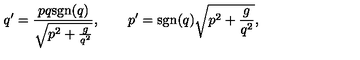
q ^ { \prime } = \frac { p q \mathrm { s g n } ( q ) } { \sqrt { p ^ { 2 } + \frac { g } { q ^ { 2 } } } } , \qquad p ^ { \prime } = \mathrm { s g n } ( q ) \sqrt { p ^ { 2 } + \frac { g } { q ^ { 2 } } } ,